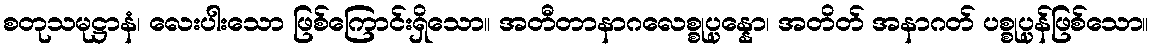
စတုသမုဋ္ဌာနံ၊ လေးပါးသော ဖြစ်ကြောင်းရှိသော။ အတီတာနာဂလေစ္စုပ္ပန္နော၊ အတိတ် အနာဂတ် ပစ္စုပ္ပန်ဖြစ်သော။